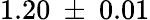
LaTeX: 1.20~\pm~0.01